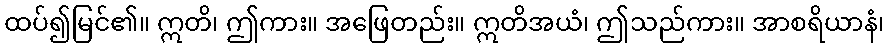
ထပ်၍မြင်၏။ ဣတိ၊ ဤကား။ အဖြေတည်း။ ဣတိအယံ၊ ဤသည်ကား။ အာစရိယာနံ၊